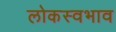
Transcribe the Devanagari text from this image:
लोकस्वभाव